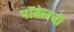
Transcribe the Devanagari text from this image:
पॉवेलची